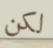
لكن